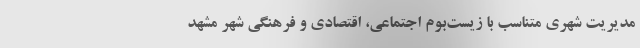
مدیریت شهری متناسب با زیست‌بوم اجتماعی، اقتصادی و فرهنگی شهر مشهد